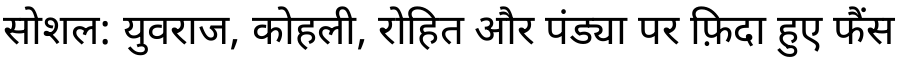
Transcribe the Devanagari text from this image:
सोशल: युवराज, कोहली, रोहित और पंड्या पर फ़िदा हुए फैंस